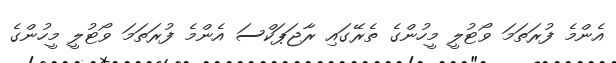
އެންމެ ފުރަތަމަ ވޯޓުލީ މީހުންގެ ތެރޭގައި ރާޖަޕަކްސަ އެންމެ ފުރަތަމަ ވޯޓުލީ މީހުންގެ